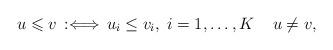
LaTeX: \begin{align*}u\leqslant v &\,:\Longleftrightarrow\, u_i\leq v_i,\; i=1,\ldots,K \;\;\;\; u\neq v,\end{align*}